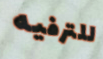
للترفيه